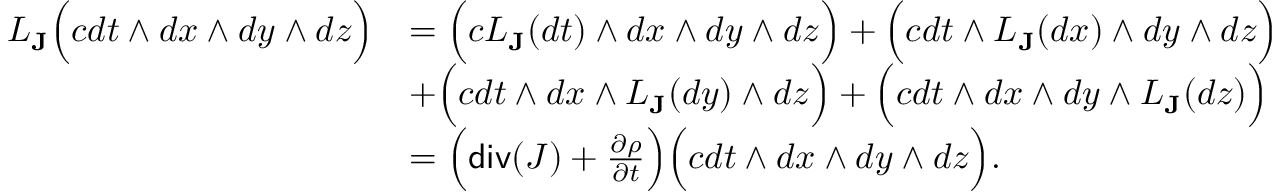
\begin{array} { r l } { L _ { { \bf J } } \Big ( c d t \wedge d x \wedge d y \wedge d z \Big ) } & { = \Big ( c L _ { { \bf J } } ( d t ) \wedge d x \wedge d y \wedge d z \Big ) + \Big ( c d t \wedge L _ { { \bf J } } ( d x ) \wedge d y \wedge d z \Big ) } \\ & { + \Big ( c d t \wedge d x \wedge L _ { \bf J } ( d y ) \wedge d z \Big ) + \Big ( c d t \wedge d x \wedge d y \wedge L _ { \bf J } ( d z ) \Big ) } \\ & { = \Big ( \mathsf { d i v } ( J ) + \frac { \partial \rho } { \partial t } \Big ) \Big ( c d t \wedge d x \wedge d y \wedge d z \Big ) . } \end{array}